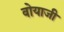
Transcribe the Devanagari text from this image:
वोयाजी